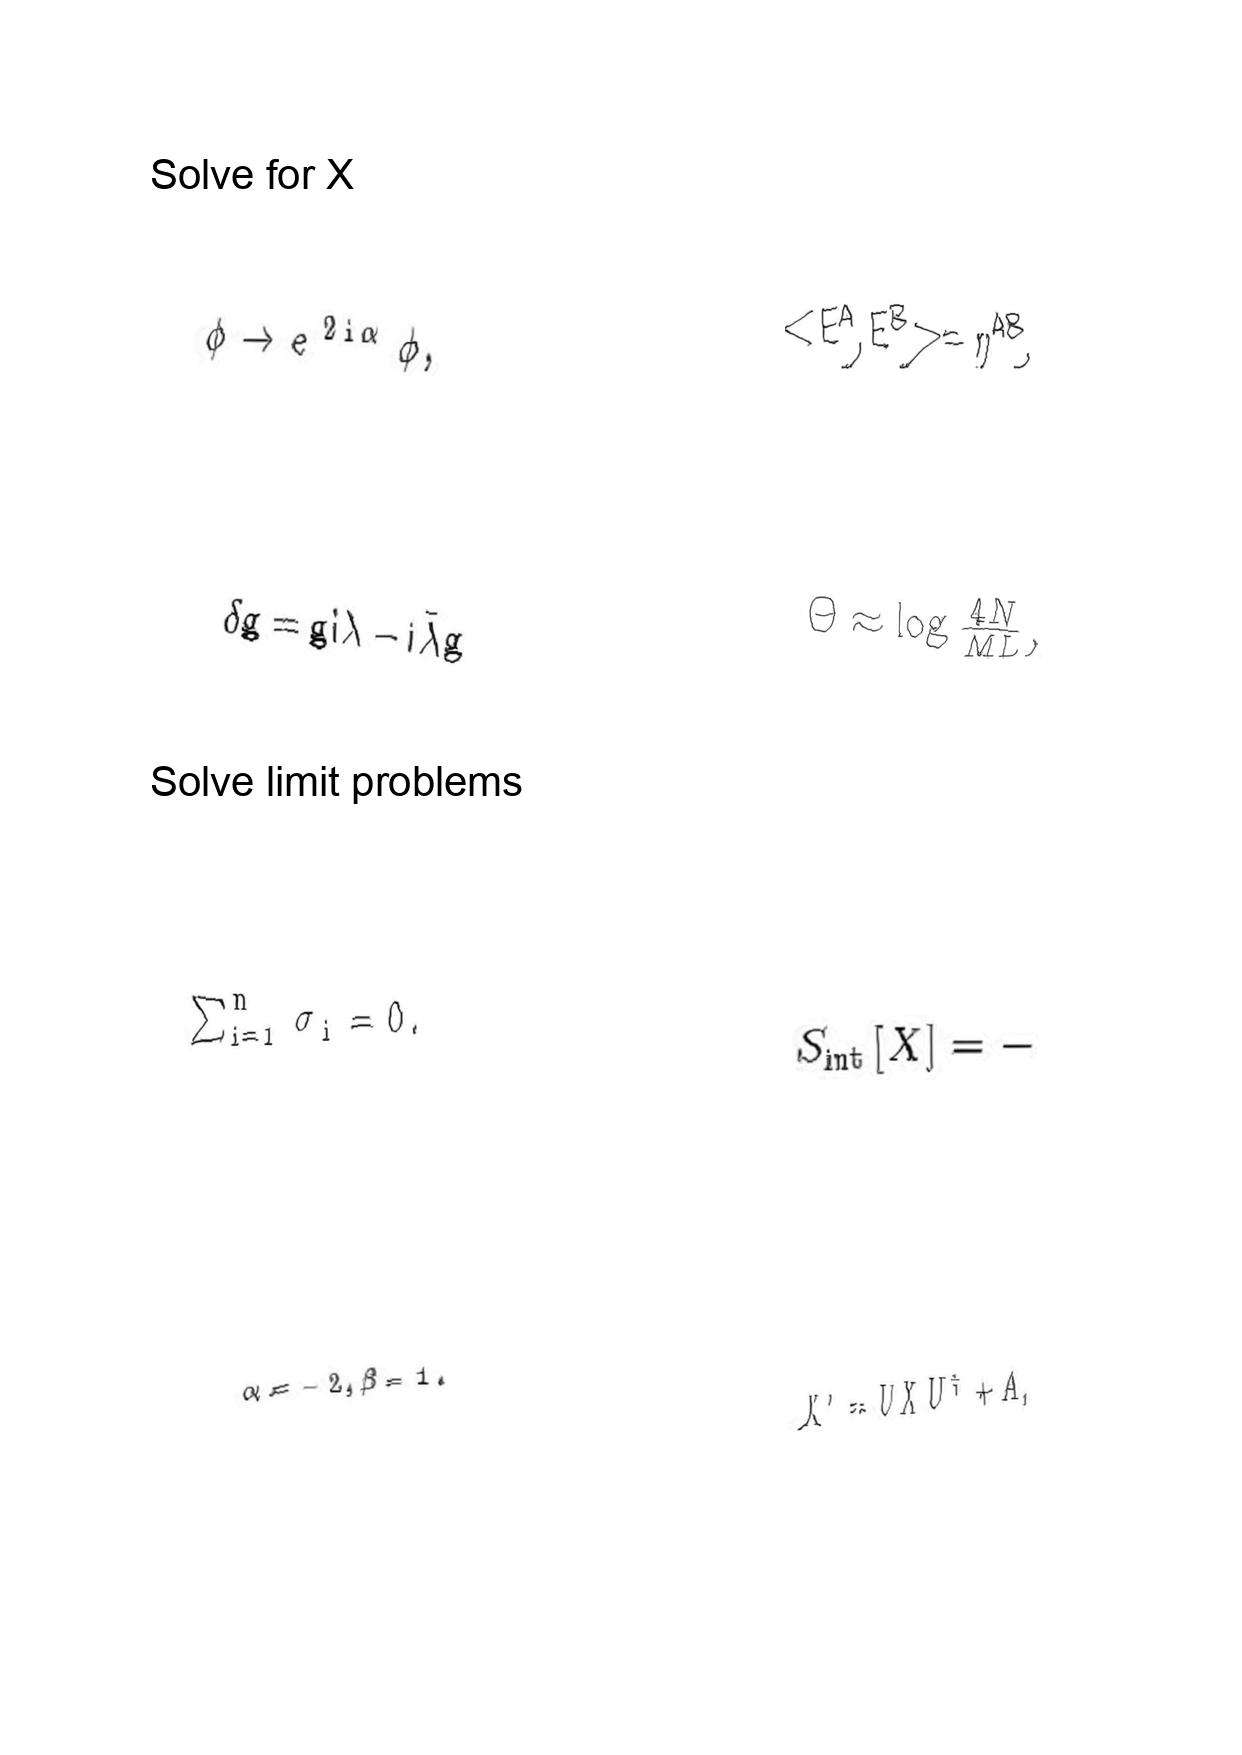
LaTeX transcription:
\phi \rightarrow e ^ { 2 i \alpha } \phi ,
\delta g = g i \lambda - i \bar { \lambda } g
\sum _ { i = 1 } ^ { n } \sigma _ { i } = 0 .
\alpha = - 2 , \beta = 1 .
\lt E ^ { A } , E ^ { B } \gt = \eta ^ { A B } ,
\Theta \approx \log \frac { 4 N } { M L } ,
S _ { \mathrm { i n t } } \lbrack X \rbrack = -
X ^ { \prime } = U X U ^ { \dagger } + A ,